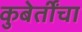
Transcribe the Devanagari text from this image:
कुबेर्तींचा